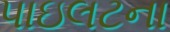
પાઇલટના